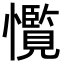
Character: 𢥊